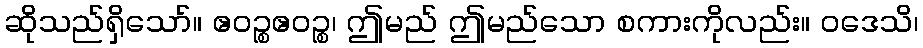
ဆိုသည်ရှိသော်။ ဧဝဉ္စဧဝဉ္စ၊ ဤမည် ဤမည်သော စကားကိုလည်း။ ဝဒေသိ၊